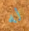
له